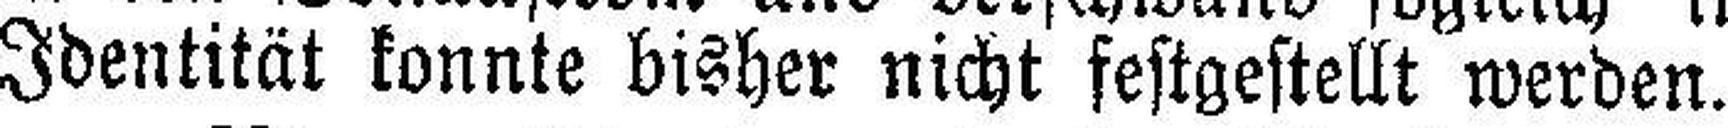
Identität konnte bisher nicht festgestellt werden.